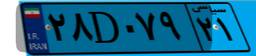
۲۸D۰۷۹۲۱